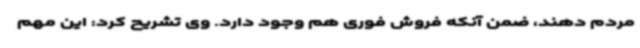
مردم دهند، ضمن آنکه فروش فوری هم وجود دارد. وی تشریح کرد: این مهم